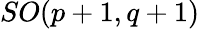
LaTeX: SO(p+1,q+1)